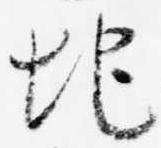
地